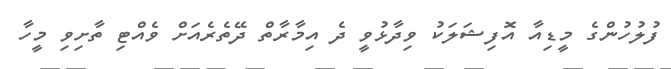
ފުލުހުންގެ މީޑިއާ އޮފިޝަލަކު ވިދާޅުވީ ދެ އިމާރާތް ދޭތެރެއަށް ވެއްޓި ތާށިވި މީހާ